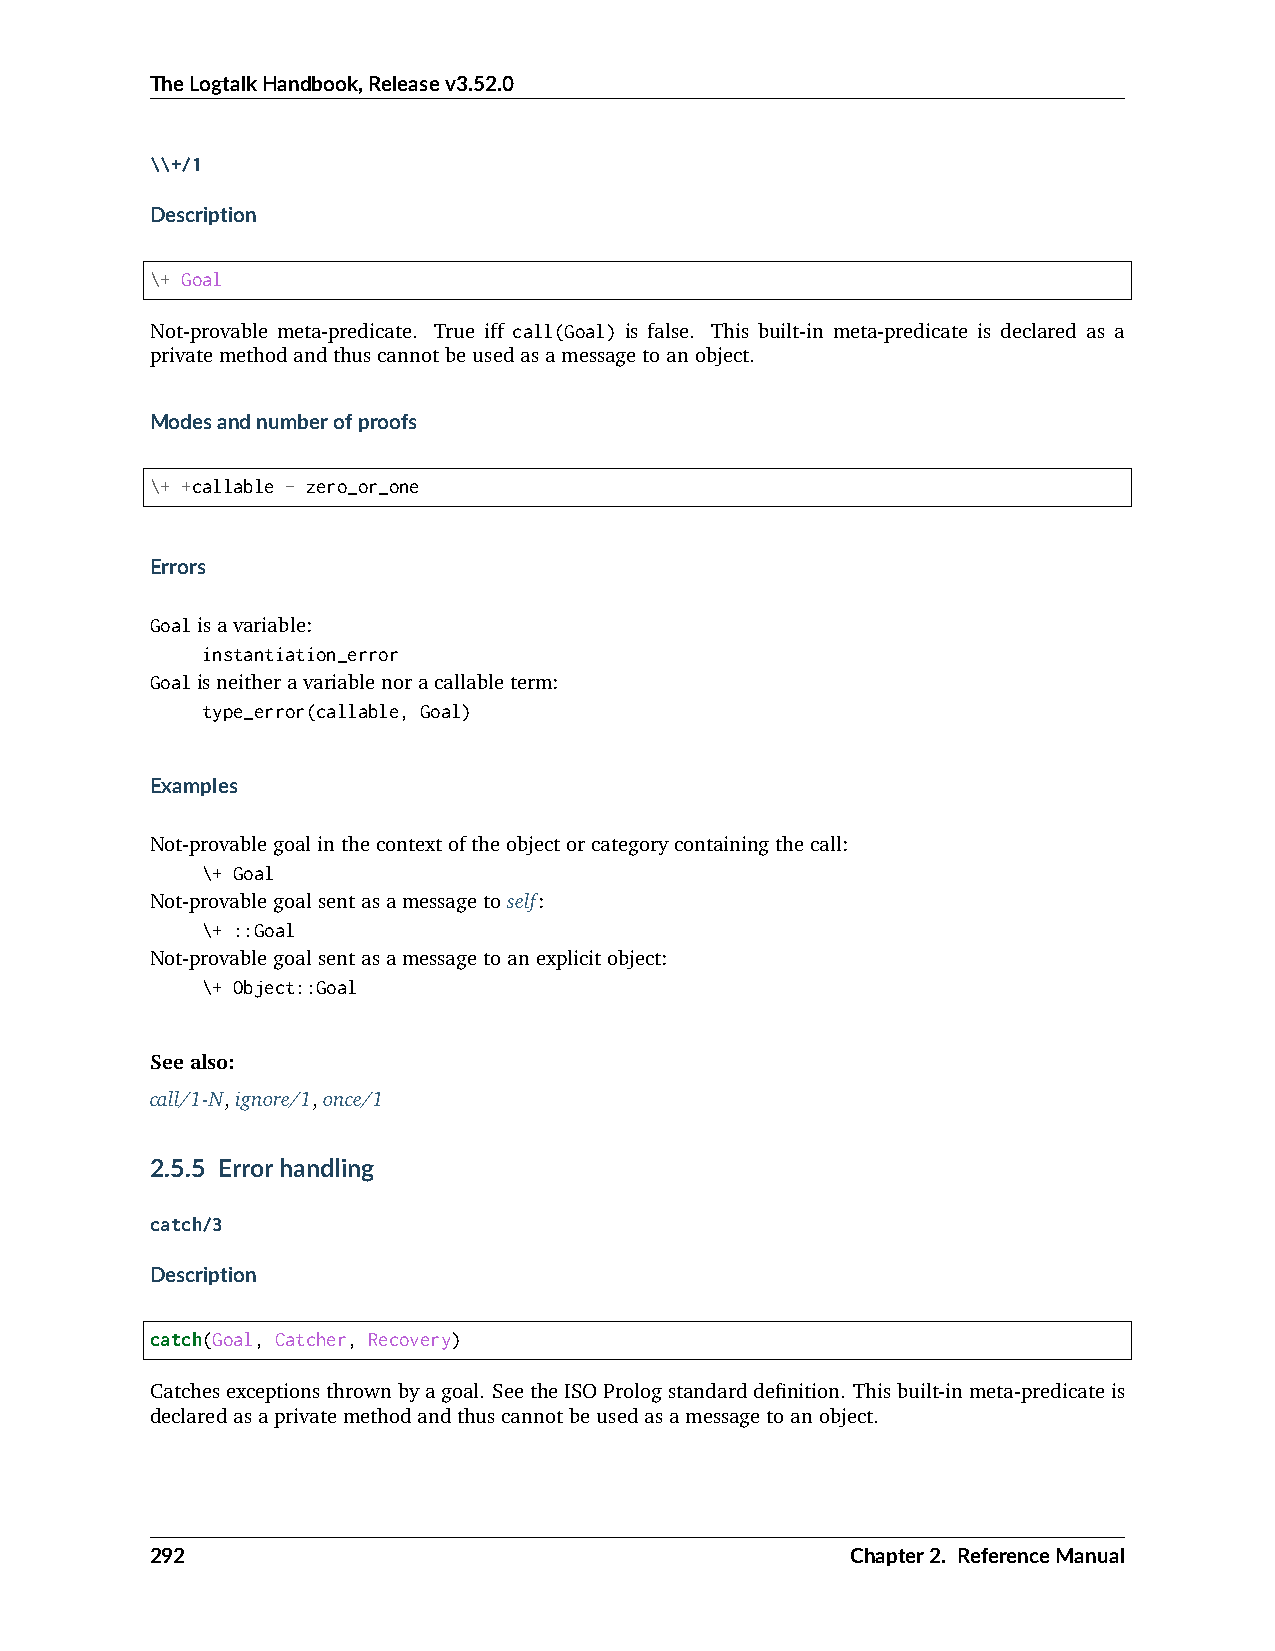
TheLogtalkHandbook,Releasev3.52.0
 \\+/1
 Description
 \+ Goal
 Not-provable meta-predicate. True iff call(Goal) is false. This built-in meta-predicate is declared as a
 privatemethodandthuscannotbeusedasamessagetoanobject.
 Modesandnumberofproofs
 \+ +callable - zero_or_one
 Errors
 Goalisavariable:
 instantiation_error
 Goalisneitheravariablenoracallableterm:
 type_error(callable, Goal)
 Examples
 Not-provablegoalinthecontextoftheobjectorcategorycontainingthecall:
 \+ Goal
 Not-provablegoalsentasamessagetoself:
 \+ ::Goal
 Not-provablegoalsentasamessagetoanexplicitobject:
 \+ Object::Goal
 Seealso:
 call/1-N,ignore/1,once/1
 2.5.5 Errorhandling
 catch/3
 Description
 catch(Goal, Catcher, Recovery)
 Catchesexceptionsthrownbyagoal. SeetheISOPrologstandarddefinition. Thisbuilt-inmeta-predicateis
 declaredasaprivatemethodandthuscannotbeusedasamessagetoanobject.
 292                                           Chapter2. ReferenceManual